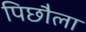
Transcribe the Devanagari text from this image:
पिछौला